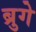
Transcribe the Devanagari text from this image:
ब्रुगे